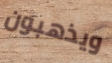
ويذهبون